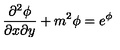
{ \frac { { \partial } ^ { 2 } \phi } { \partial { x } \partial { y } } } + m ^ { 2 } \phi = e ^ { \phi }